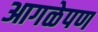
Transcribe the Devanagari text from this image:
आगळेपण